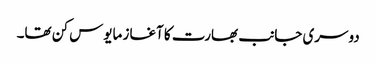
دوسری جانب بھارت کا آغاز مایوس کن تھا۔